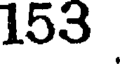
153